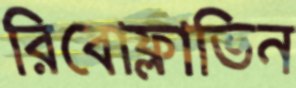
রিবোফ্লাভিন